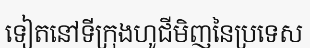
ទៀតនៅទីក្រុងហូជីមិញនៃប្រទេស